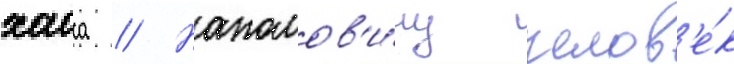
хаоса // Наполов'и́ну челов'е́к